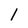
Character: 1